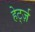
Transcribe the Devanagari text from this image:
हेर्ट्ज़